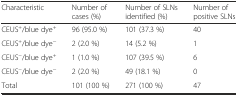
| Characteristic | Number of cases (%) | Number of SLNs identified (%) | Number of positive SLNs |
 | --- | --- | --- | --- |
 | CEUS+/blue dye+ | 96 (95.0 %) | 101 (37.3 %) | 40 |
 | CEUS+/blue dye− | 2 (2.0 %) | 14 (5.2 %) | 1 |
 | CEUS−/blue dye+ | 1 (1.0 %) | 107 (39.5 %) | 6 |
 | CEUS−/blue dye− | 2 (2.0 %) | 49 (18.1 %) | 0 |
 | Total | 101 (100 %) | 271 (100 %) | 47 |